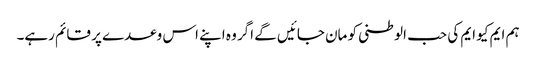
ہم ایم کیو ایم کی حب الوطنی کو مان جائیں گے اگر وہ اپنے اس وعدے پر قائم رہے۔